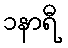
၁နာရီ